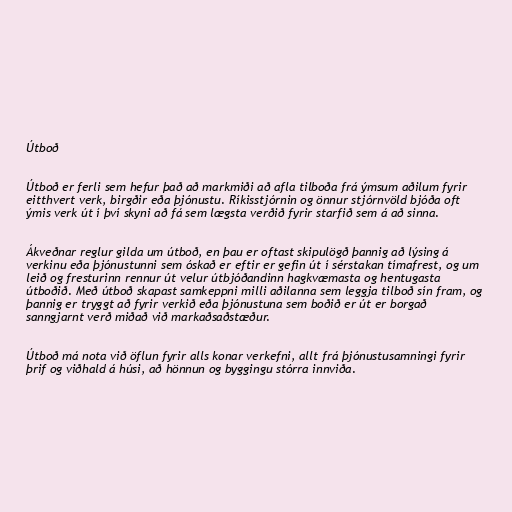
Útboð

Útboð er ferli sem hefur það að markmiði að afla tilboða frá ýmsum aðilum fyrir
eitthvert verk, birgðir eða þjónustu. Ríkisstjórnin og önnur stjórnvöld bjóða oft
ýmis verk út í því skyni að fá sem lægsta verðið fyrir starfið sem á að sinna.

Ákveðnar reglur gilda um útboð, en þau er oftast skipulögð þannig að lýsing á
verkinu eða þjónustunni sem óskað er eftir er gefin út í sérstakan tímafrest, og um
leið og fresturinn rennur út velur útbjóðandinn hagkvæmasta og hentugasta
útboðið. Með útboð skapast samkeppni milli aðilanna sem leggja tilboð sín fram, og
þannig er tryggt að fyrir verkið eða þjónustuna sem boðið er út er borgað
sanngjarnt verð miðað við markaðsaðstæður.

Útboð má nota við öflun fyrir alls konar verkefni, allt frá þjónustusamningi fyrir
þrif og viðhald á húsi, að hönnun og byggingu stórra innviða.